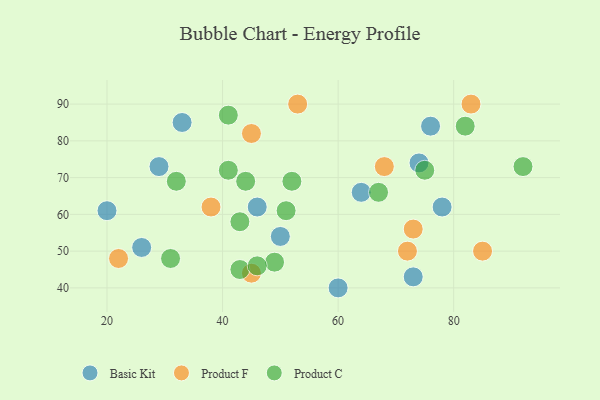
{"axis": {"x": "GDP", "y": "Life Expectancy"}, "legend": ["Basic Kit", "Product C", "Product F"], "data": [{"x": "26", "y": 51, "type": "Basic Kit"}, {"x": "74", "y": 74, "type": "Basic Kit"}, {"x": "76", "y": 84, "type": "Basic Kit"}, {"x": "20", "y": 61, "type": "Basic Kit"}, {"x": "50", "y": 54, "type": "Basic Kit"}, {"x": "73", "y": 43, "type": "Basic Kit"}, {"x": "60", "y": 40, "type": "Basic Kit"}, {"x": "78", "y": 62, "type": "Basic Kit"}, {"x": "64", "y": 66, "type": "Basic Kit"}, {"x": "33", "y": 85, "type": "Basic Kit"}, {"x": "29", "y": 73, "type": "Basic Kit"}, {"x": "46", "y": 62, "type": "Basic Kit"}, {"x": "85", "y": 50, "type": "Product F"}, {"x": "22", "y": 48, "type": "Product F"}, {"x": "45", "y": 82, "type": "Product F"}, {"x": "73", "y": 56, "type": "Product F"}, {"x": "45", "y": 44, "type": "Product F"}, {"x": "53", "y": 90, "type": "Product F"}, {"x": "83", "y": 90, "type": "Product F"}, {"x": "72", "y": 50, "type": "Product F"}, {"x": "38", "y": 62, "type": "Product F"}, {"x": "68", "y": 73, "type": "Product F"}, {"x": "44", "y": 69, "type": "Product C"}, {"x": "67", "y": 66, "type": "Product C"}, {"x": "51", "y": 61, "type": "Product C"}, {"x": "82", "y": 84, "type": "Product C"}, {"x": "52", "y": 69, "type": "Product C"}, {"x": "75", "y": 72, "type": "Product C"}, {"x": "43", "y": 58, "type": "Product C"}, {"x": "31", "y": 48, "type": "Product C"}, {"x": "43", "y": 45, "type": "Product C"}, {"x": "41", "y": 87, "type": "Product C"}, {"x": "32", "y": 69, "type": "Product C"}, {"x": "49", "y": 47, "type": "Product C"}, {"x": "46", "y": 46, "type": "Product C"}, {"x": "41", "y": 72, "type": "Product C"}, {"x": "92", "y": 73, "type": "Product C"}]}